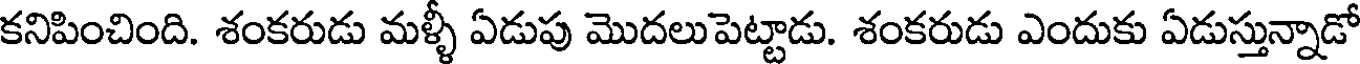
కనిపించింది. శంకరుడు మళ్ళీ ఏడుపు మొదలుపెట్టాడు. శంకరుడు ఎందుకు ఏడుస్తున్నాడో